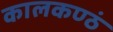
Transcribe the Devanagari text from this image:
कालकण्ठं